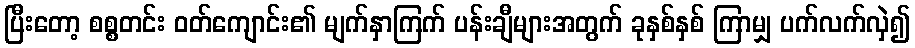
ပြီးတော့ စစ္စတင်း ဝတ်ကျောင်း၏ မျက်နှာကြက် ပန်းချီများအတွက် ခုနှစ်နှစ် ကြာမျှ ပက်လက်လှဲ၍